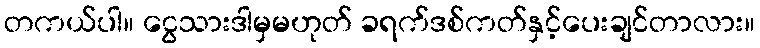
တကယ်ပါ။ ငွေသားဒါမှမဟုတ် ခရက်ဒစ်ကတ်နှင့်ပေးချင်တာလား။